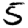
Digit: 5